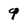
Character: 9